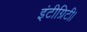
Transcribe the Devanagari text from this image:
इंटीग्रिटी।